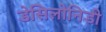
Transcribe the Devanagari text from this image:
डेसिलोनिडी